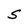
Character: S